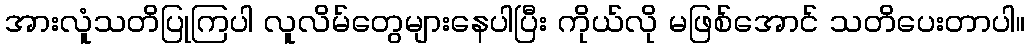
အားလူံသတိပြုကြပါ လူလိမ်တွေများနေပါပြီး ကိုယ်လို မဖြစ်အောင် သတိပေးတာပါ။